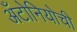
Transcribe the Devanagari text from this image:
अँटोनियोची